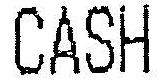
CASH